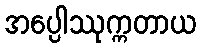
အပ္ပေါဿုက္ကတာယ